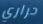
حراري